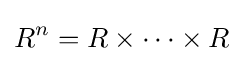
R^{n}=R\times \cdots \times R